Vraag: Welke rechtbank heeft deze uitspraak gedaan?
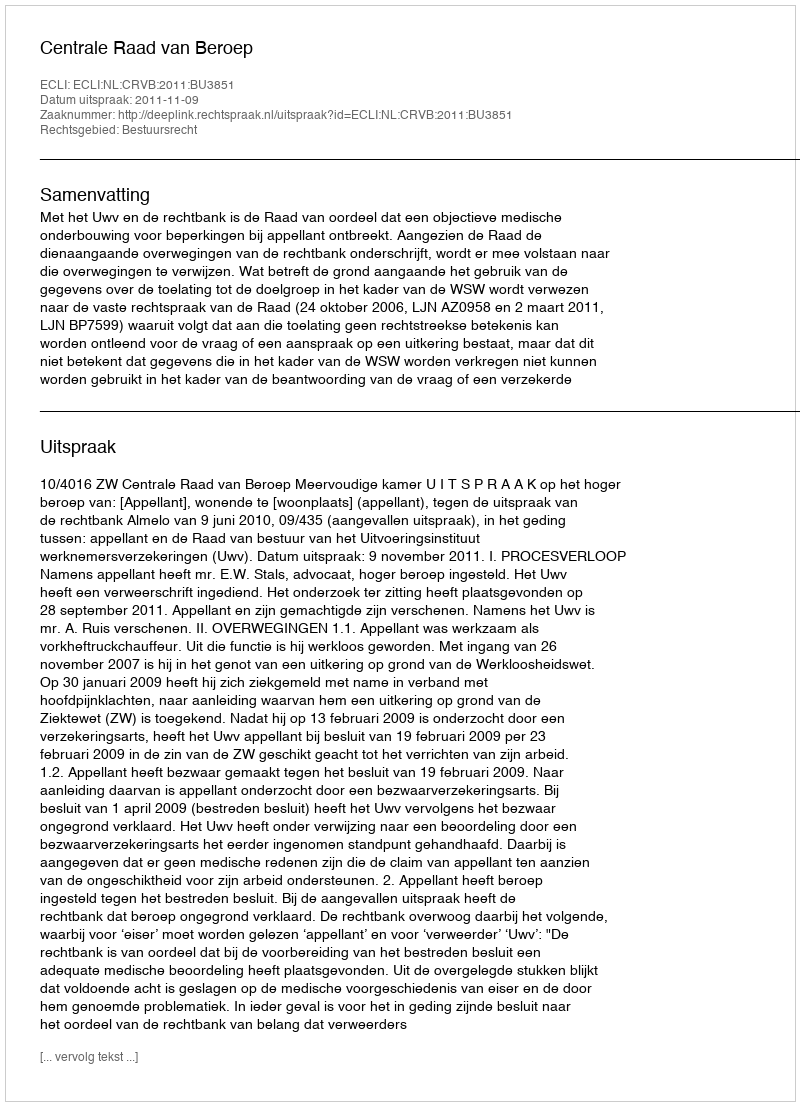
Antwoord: Centrale Raad van Beroep